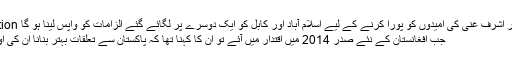
Image caption لیکن افغان صدر اشرف غنی کی امیدوں کو پورا کرنے کے لیے اسلام آباد اور کابل کو ایک دوسرے پر لگائے گئے الزامات کو واپس لینا ہو گا
جب افغانستان کے نئے صدر 2014 میں اقتدار میں آئے تو اُن کا کہنا تھا کہ پاکستان سے تعلقات بہتر بنانا ان کی اولین ترجیح ہے۔